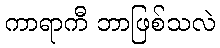
ကာရာကီ ဘာဖြစ်သလဲ